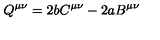
Q ^ { \mu \nu } = 2 b C ^ { \mu \nu } - 2 a B ^ { \mu \nu }